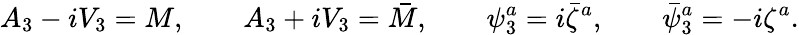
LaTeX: A_{3}-iV_{3}=M,\qquad A_{3}+iV_{3}=\bar{M},\qquad\psi_{3}^{a}=i\bar{\zeta}^{a},\qquad\bar{\psi}_{3}^{a}=-i\zeta^{a}.